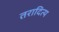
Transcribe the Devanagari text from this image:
तरादित्य